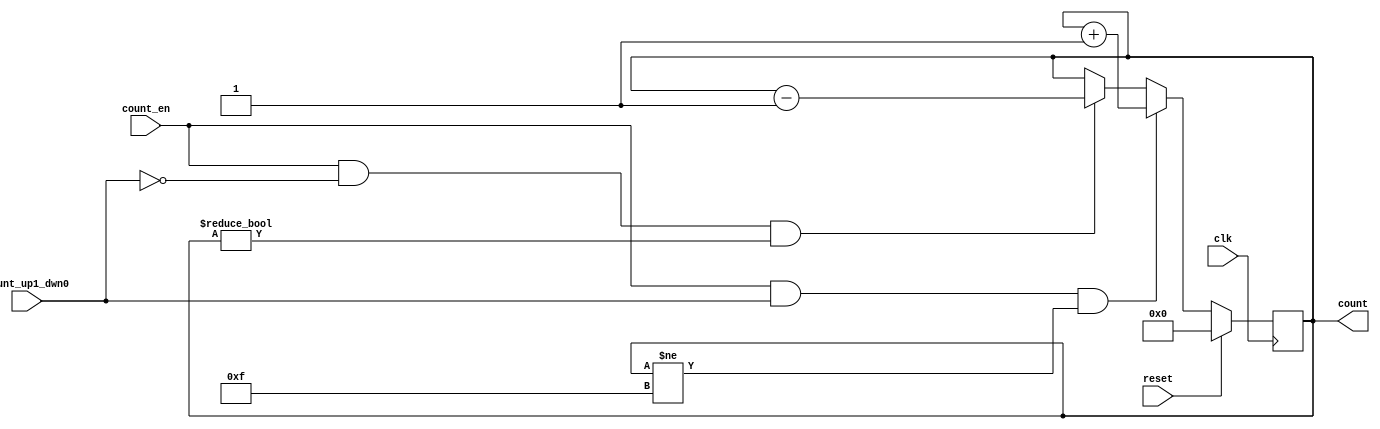
module ud_counter
(
	input wire clk, 
	input wire count_en, 
	input wire count_up1_dwn0, 
	input wire reset,
	output reg [3:0] count
);

	// Reset if needed, increment or decrement if counter is not saturated
	always @ (posedge clk)
	begin
		if (reset)
			count <= 4'b0000;
		else if ((count_en & count_up1_dwn0) & (count!= 4'b1111))
			count <= count + 4'd0001;
		else if ((count_en & (!count_up1_dwn0)) & (count!= 4'b0000))
			count <= count - 4'd0001;
	end

endmodule